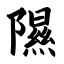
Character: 隰